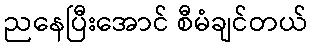
ညနေပြီးအောင် စီမံချင်တယ်